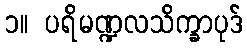
၁။ ပရိမဏ္ဍလသိက္ခာပုဒ်